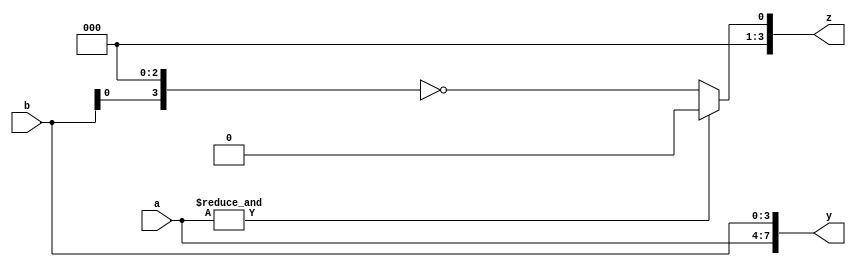
module operators (output reg  [3:0] z,
                    output reg [7:0] y, 
                input [3:0] a,b
    
);

initial 
$display("design debugging");

always @(*) begin
    //arithmetic operators
    z=a+b;
    #1 $display("z = %b",z);

    z=a-b;
    #1 $display("z = %b",z);

    z=a/b;
    #1 $display("z = %b",z);
    
    z=a*b;
    #1 $display("z = %b",z);

    z=a%b;
    #1 $display("z = %b",z);

    z=a**b;
    #1 $display("z = %b",z);

    #1  $display("arithmetic opetators!");




    //logical operators
    
    if ((a==b) && (a==4'b1010))
        #1 $display("logical and executes!");
    
    else if ((a==b) && (a==4'b1010))
        #1 $display("logical or exexutes!");   
    
    else if (a==b)
        #1 $display("!a= %b",!a);

    #1 $display("logical operators!");




    //relational operators

    if (a>b) begin
    z=a;
    #1 $display("a is greater =%b", a);
    end
    
    else begin
    z=b;
    #1 $display("b is greater = %b",b);
    end



    #1 $display("relational operators!");
    



    //equality operators

    if(a==b)
    #1 $display("a equals to b");

    #1  $display("equality opeartors!");



    //bitwise opeartors

    z=~a;
    #1 $display("bitwise not of a z= %b", z);

    z=&a;
    #1 $display("bitwise and of a z= %b", z);

    z=|a;
    #1 $display("bitwise or of a z= %b", z);

    z=^a;
    #1 $display("bitwise xor of a z= %b", z);
    
    #1  $display("bitwise operators!");



    //reduction operator

    z=&b;
    #1 $display("reduction & of b z= %b",z);

    z=|b;
    #1 $display("reduction | of b z= %b", z);

    z=^b;
    #1 $display("reduction ^ of b z= %b", z);    

    #1  $display("reducion operator!");



    //shift operators

    z= a>>2;
    #1 $display("2 bit right shift of a z= %b ", z);

    z= b<<2;
    #1 $display("2 bit left shift of b z= %b", z);

    z=a>>>3;
    #1 $display("3 bit arithmetic right shift of a z= %b", z);

    z=b<<<3;
    #1 $display("3 bit arithmetic left shift of b z= %b", z);

    #1 $display("shift operators!");



    //concatenation operator
    y= {a,b};
    #1 $display("y= %b", y);

    #1 $display("concatenation operation!");



    //conditional operator 

    z= (&a) ? (z==1): (z==0);
    #1 $display("conditional operator z= %b", z);   

    #1 $display("conditional opration!");
end


endmodule //operators